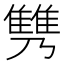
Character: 𩀟